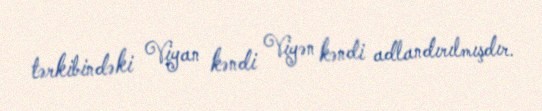
tərkibindəki Viyan kəndi Viyən kəndi adlandırılmışdır.